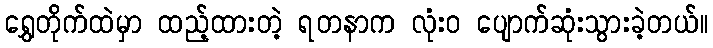
ရွှေတိုက်ထဲမှာ ထည့်ထားတဲ့ ရတနာက လုံးဝ ပျောက်ဆုံးသွားခဲ့တယ်။